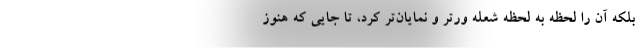
بلکه آن را لحظه به لحظه شعله ورتر و نمایان‌تر کرد، تا جایی که هنوز